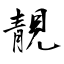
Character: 靚